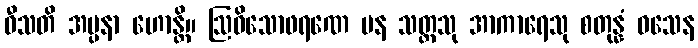
ဝီသတိ အပ္ပနာ ဟောန္တိ။ ဩဓိသောဖရဏေ ပန သတ္တသု အာကာရေသု စတုန္နံ ဝသေန